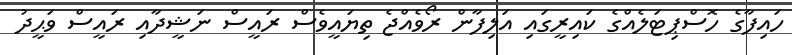
ހައިފާގެ ހޮސްޕިޓަލެއްގެ ކައިރީގައި އަލިފާން ރޯވެއްޖެ ތިޔައީވެސް ރައީސް ނަޝީދާއި ރައީސް ވަޙީދު